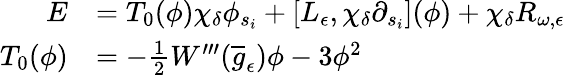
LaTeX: \begin{array}{rl}{E}&{=T_{0}(\phi)\chi_{\delta}\phi_{s_{i}}+[L_{\epsilon},\chi_{\delta}\partial_{s_{i}}](\phi)+\chi_{\delta}R_{\omega,\epsilon}}\\ {T_{0}(\phi)}&{=-\frac{1}{2}W^{\prime\prime\prime}(\overline{{g}}_{\epsilon})\phi-3\phi^{2}}\end{array}